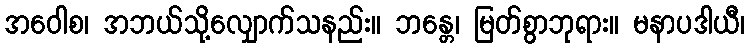
အဝေါစ၊ အဘယ်သို့လျှောက်သနည်း။ ဘန္တေ၊ မြတ်စွာဘုရား။ မနာပဒါယီ၊